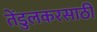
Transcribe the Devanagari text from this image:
तेंडुलकरसाठी